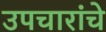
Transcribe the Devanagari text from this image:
उपचारांचे